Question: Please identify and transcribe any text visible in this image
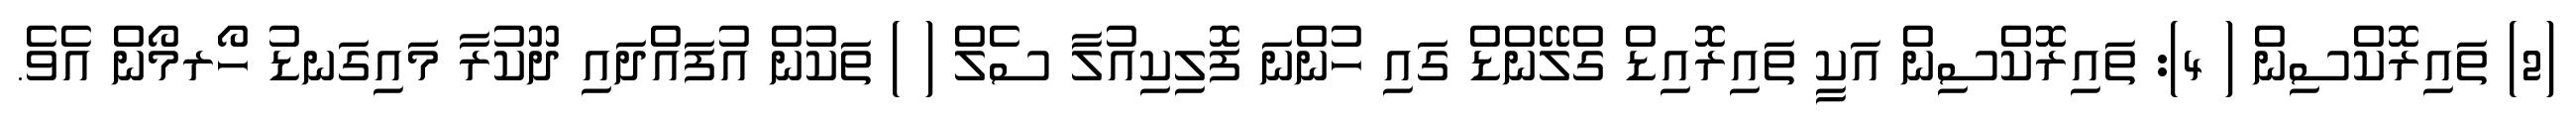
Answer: (2) ތައިރޮކްސިން ( 4): ތައިރޮކްސިން އަކީ ތައިރޮއިޑް ގްލޭންޑް ގައި ހުންނަ ފޮލިކިއުލާ ސެލް ( ) ތަކުން އުފައްދައި ދޫކުރާ މައިގަނޑު ހޯރމޯން އެވެ.